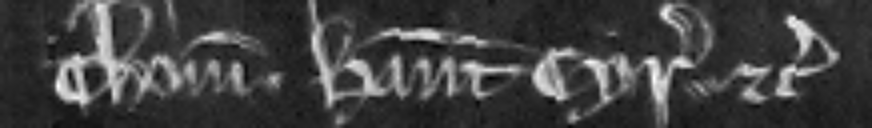
Thome. Habeant cyrographum etc.